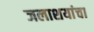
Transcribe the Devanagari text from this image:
जलाशयांचा